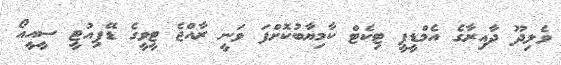
ވެލިދޫ ދާއިރާގެ އެމްޑީޕީ ޓިކެޓް ކާމިޔާބުކޮށްފަ ވަނީ ރާއްޖެ ޓީވީގެ ޑޭޕިއުޓީ ސީއީއޯ